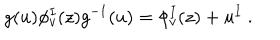
g ( u ) \phi _ { v } ^ { I } ( z ) g ^ { - 1 } ( u ) = \phi _ { v } ^ { I } ( z ) + u ^ { I } ~ .